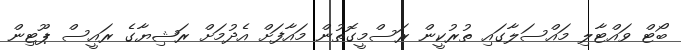
ބޯޓް ވައްޓާލި މައްސަލާގައި ތުރުކީން ރަސްމީގޮތުން މައާފަށް އެދުމަށް ރަޝިޔާގެ ރައީސް ޕޫޓިން